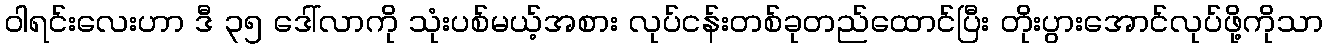
ဝါရင်းလေးဟာ ဒီ ၃၅ ဒေါ်လာကို သုံးပစ်မယ့်အစား လုပ်ငန်းတစ်ခုတည်ထောင်ပြီး တိုးပွားအောင်လုပ်ဖို့ကိုသာ